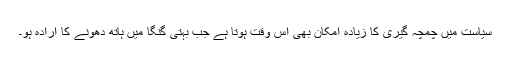
سیاست میں چمچہ گیری کا زیادہ امکان بھی اُس وقت ہوتا ہے جب بہتی گنگا میں ہاتھ دھونے کا ارادہ ہو۔